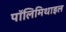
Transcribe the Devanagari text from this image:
पॉलिमिथाइल